Indian journal of veterinary science and animal husbandry - Volume 9,
Year: 1939
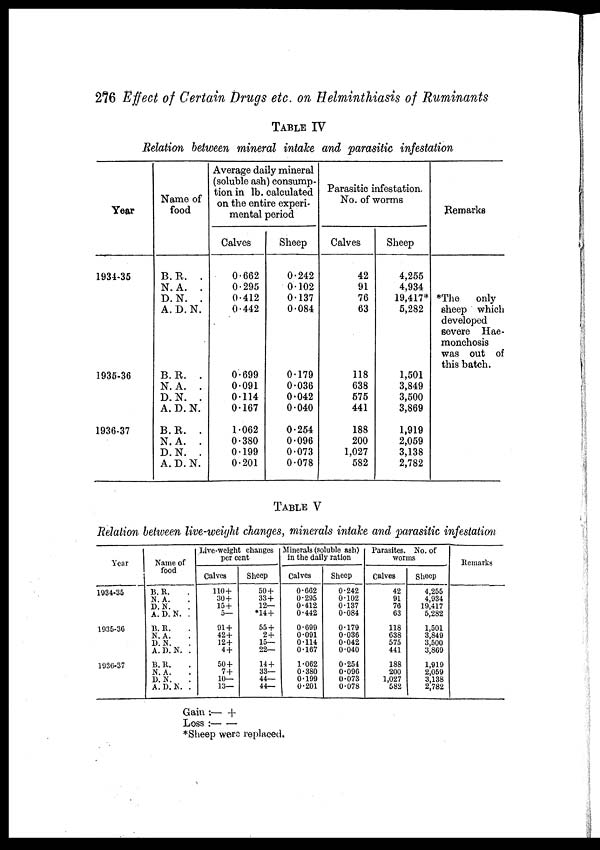
276 Effect of Certain Drugs etc. on Helminthiasis of Ruminants
TABLE IV
Relation between mineral intake and parasitic infestation
Year
1934-35
1935-36
1936-37
Name of
food
B. R. .
N. A. .
D. N. .
A. D. N.
B. R. .
N. A. .
D. N. .
A. D. N.
B. R. .
N. A. .
D. N. .
A. D. N.
Average daily mineral
(soluble ash) consump-
tion in lb. calculated
on the entire experi-
mental period
Calves
0.662
0.295
0.412
0.442
0.699
0.091
0.114
0.167
1.062
0.380
0.199
0.201
Sheep
0.242
0.102
0.137
0.084
0.179
0.036
0.042
0.040
0.254
0.096
0.073
0.078
Parasitic infestation.
No. of worms
Calves
42
91
76
63
118
638
575
441
188
200
1,027
582
Sheep
4,255
4,934
19,417*
5,282
1,501
3,849
3,500
3,869
1,919
2,059
3,138
2,782
Remarks
*The
only
sheep which
developed
severe Hae¬
monchosis
was out of
this batch.
TABLE V
Relation between live-weight changes, minerals intake and parasitic infestation
Year
1934-35
1935-36
1936-37
Name of
food
B. R. .
N. A. .
D. N. .
A. D. N. .
B. R. .
N. A. .
D. N. .
A. D. N. .
B. R. .
N. A. .
D. N. .
A. D. N. .
Live-weight changes
per cent
Calves
110+
30+
15+
5—
91+
42+
12+
4+
50+
7+
10—
13—
Sheep
50+
33 +
12—
*14+
55 +
2+
15—
22—
14+
33—
44—
44—
Minerals (soluble ash)
in the daily ration
Calves
0.662
0.295
0.412
0.442
0.699
0.091
0.114
0.167
1.062
0.380
0.199
0.201
Sheep
0.242
0.102
0.137
0.084
0.179
0.036
0.042
0.040
0.254
0.096
0.073
0.078
Parasites. No. of
worms
Calves
42
91
76
63
118
638
575
441
188
200
1,027
582
Sheep
4,255
4,934
19,417
5,282
1,501
3,849
3,500
3,869
1,919
2,059
3,138
2,782
Remarks
Gain :— +
Loss :— —
*Sheep were replaced.